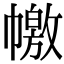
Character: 𢅎